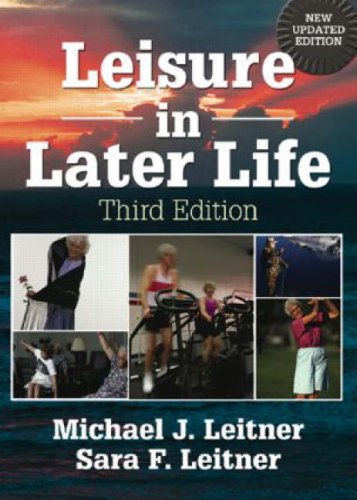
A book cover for Leisure in Later Life, Third Edition; Michael J. Leitner; Travel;